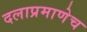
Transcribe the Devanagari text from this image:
दलाप्रमाणेच